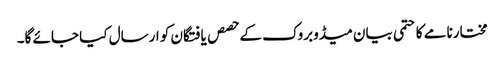
مختارنامے کا حتمی بیان میڈوبروک کے حصص یافتگان کو ارسال کیا جائے گا۔